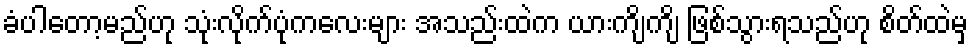
ခံပါတော့မည်ဟု သုံးလိုက်ပုံကလေးများ အသည်းထဲက ယားကျိကျိ ဖြစ်သွားရသည်ဟု စိတ်ထဲမှ